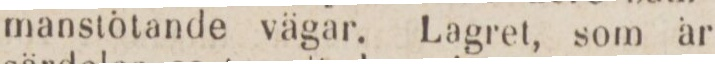
manstötande vägar. Lagret, som är